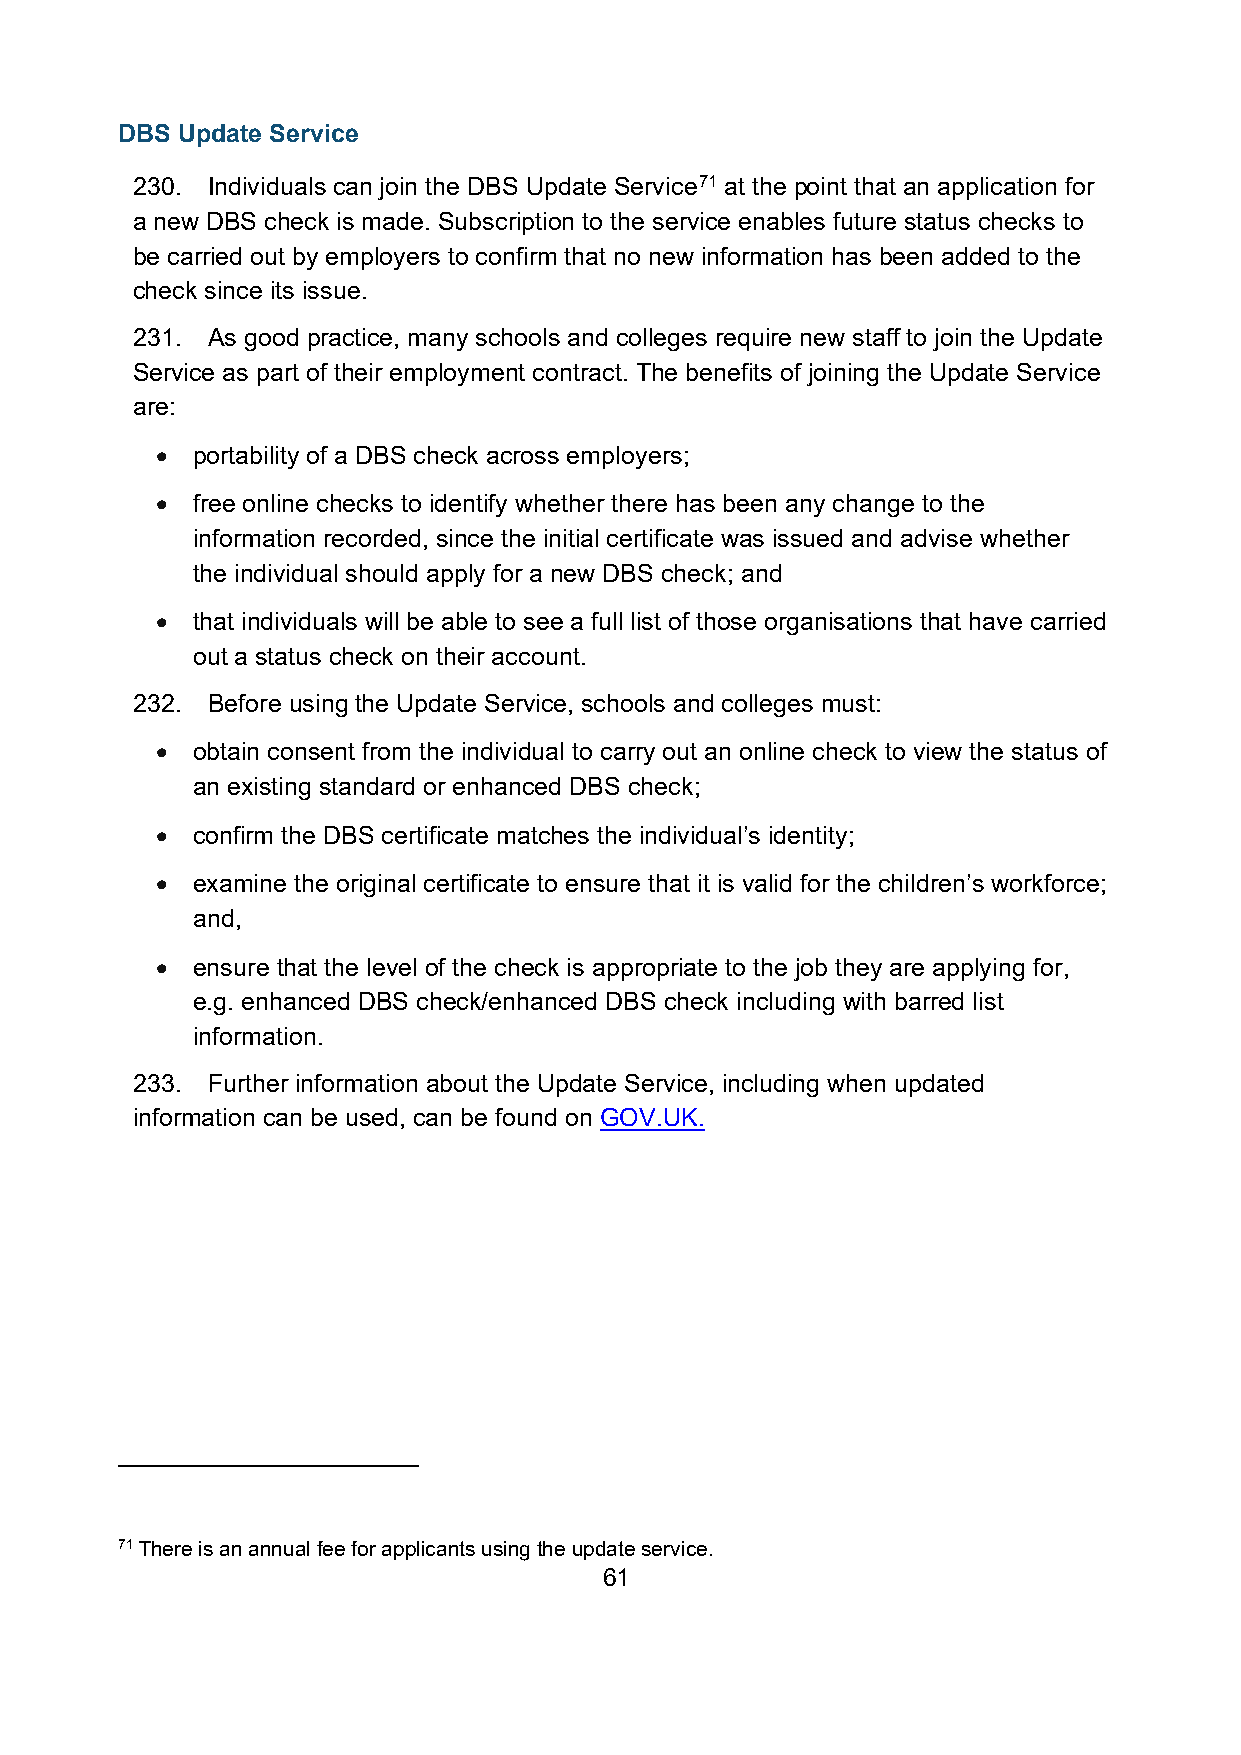
DBS Update Service
 230. Individuals can join the DBS Update Service71 at the point that an application for
 a new DBS check is made. Subscription to the service enables future status checks to
 be carried out by employers to confirm that no new information has been added to the
 check since its issue.
 231. As good practice, many schools and colleges require new staff to join the Update
 Service as part of their employment contract. The benefits of joining the Update Service
 are:
 •  portability of a DBS check across employers;
 •  free online checks to identify whether there has been any change to the
 information recorded, since the initial certificate was issued and advise whether
 the individual should apply for a new DBS check; and
 •  that individuals will be able to see a full list of those organisations that have carried
 out a status check on their account.
 232. Before using the Update Service, schools and colleges must:
 •  obtain consent from the individual to carry out an online check to view the status of
 an existing standard or enhanced DBS check;
 •  confirm the DBS certificate matches the individual’s identity;
 •  examine the original certificate to ensure that it is valid for the children’s workforce;
 and,
 •  ensure that the level of the check is appropriate to the job they are applying for,
 e.g. enhanced DBS check/enhanced DBS check including with barred list
 information.
 233. Further information about the Update Service, including when updated
 information can be used, can be found on GOV.UK.
 71 There is an annual fee for applicants using the update service.
 61